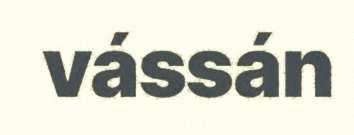
vássán